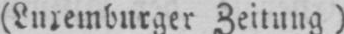
(Luxemburger Zeitung)